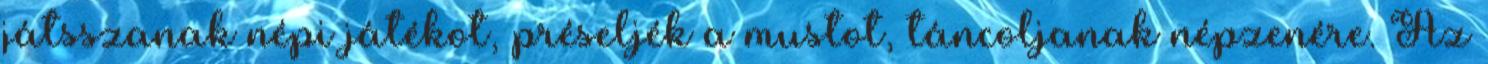
játsszanak népi játékot, préseljék a mustot, táncoljanak népzenére. Az